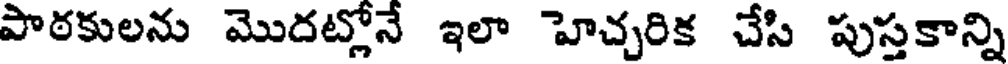
పాఠకులను మొదట్లోనే ఇలా హెచ్చరిక చేసి పుస్తకాన్ని